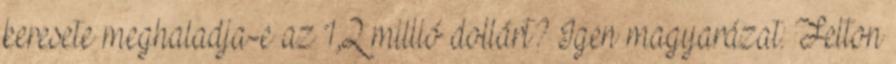
keresete meghaladja-e az 1,2 millió dollárt? Igen magyarázat: Felton